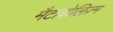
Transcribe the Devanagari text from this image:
मैटाबोलिज़्म